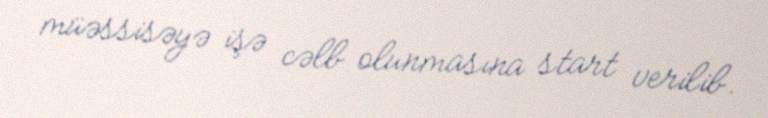
müəssisəyə işə cəlb olunmasına start verilib.